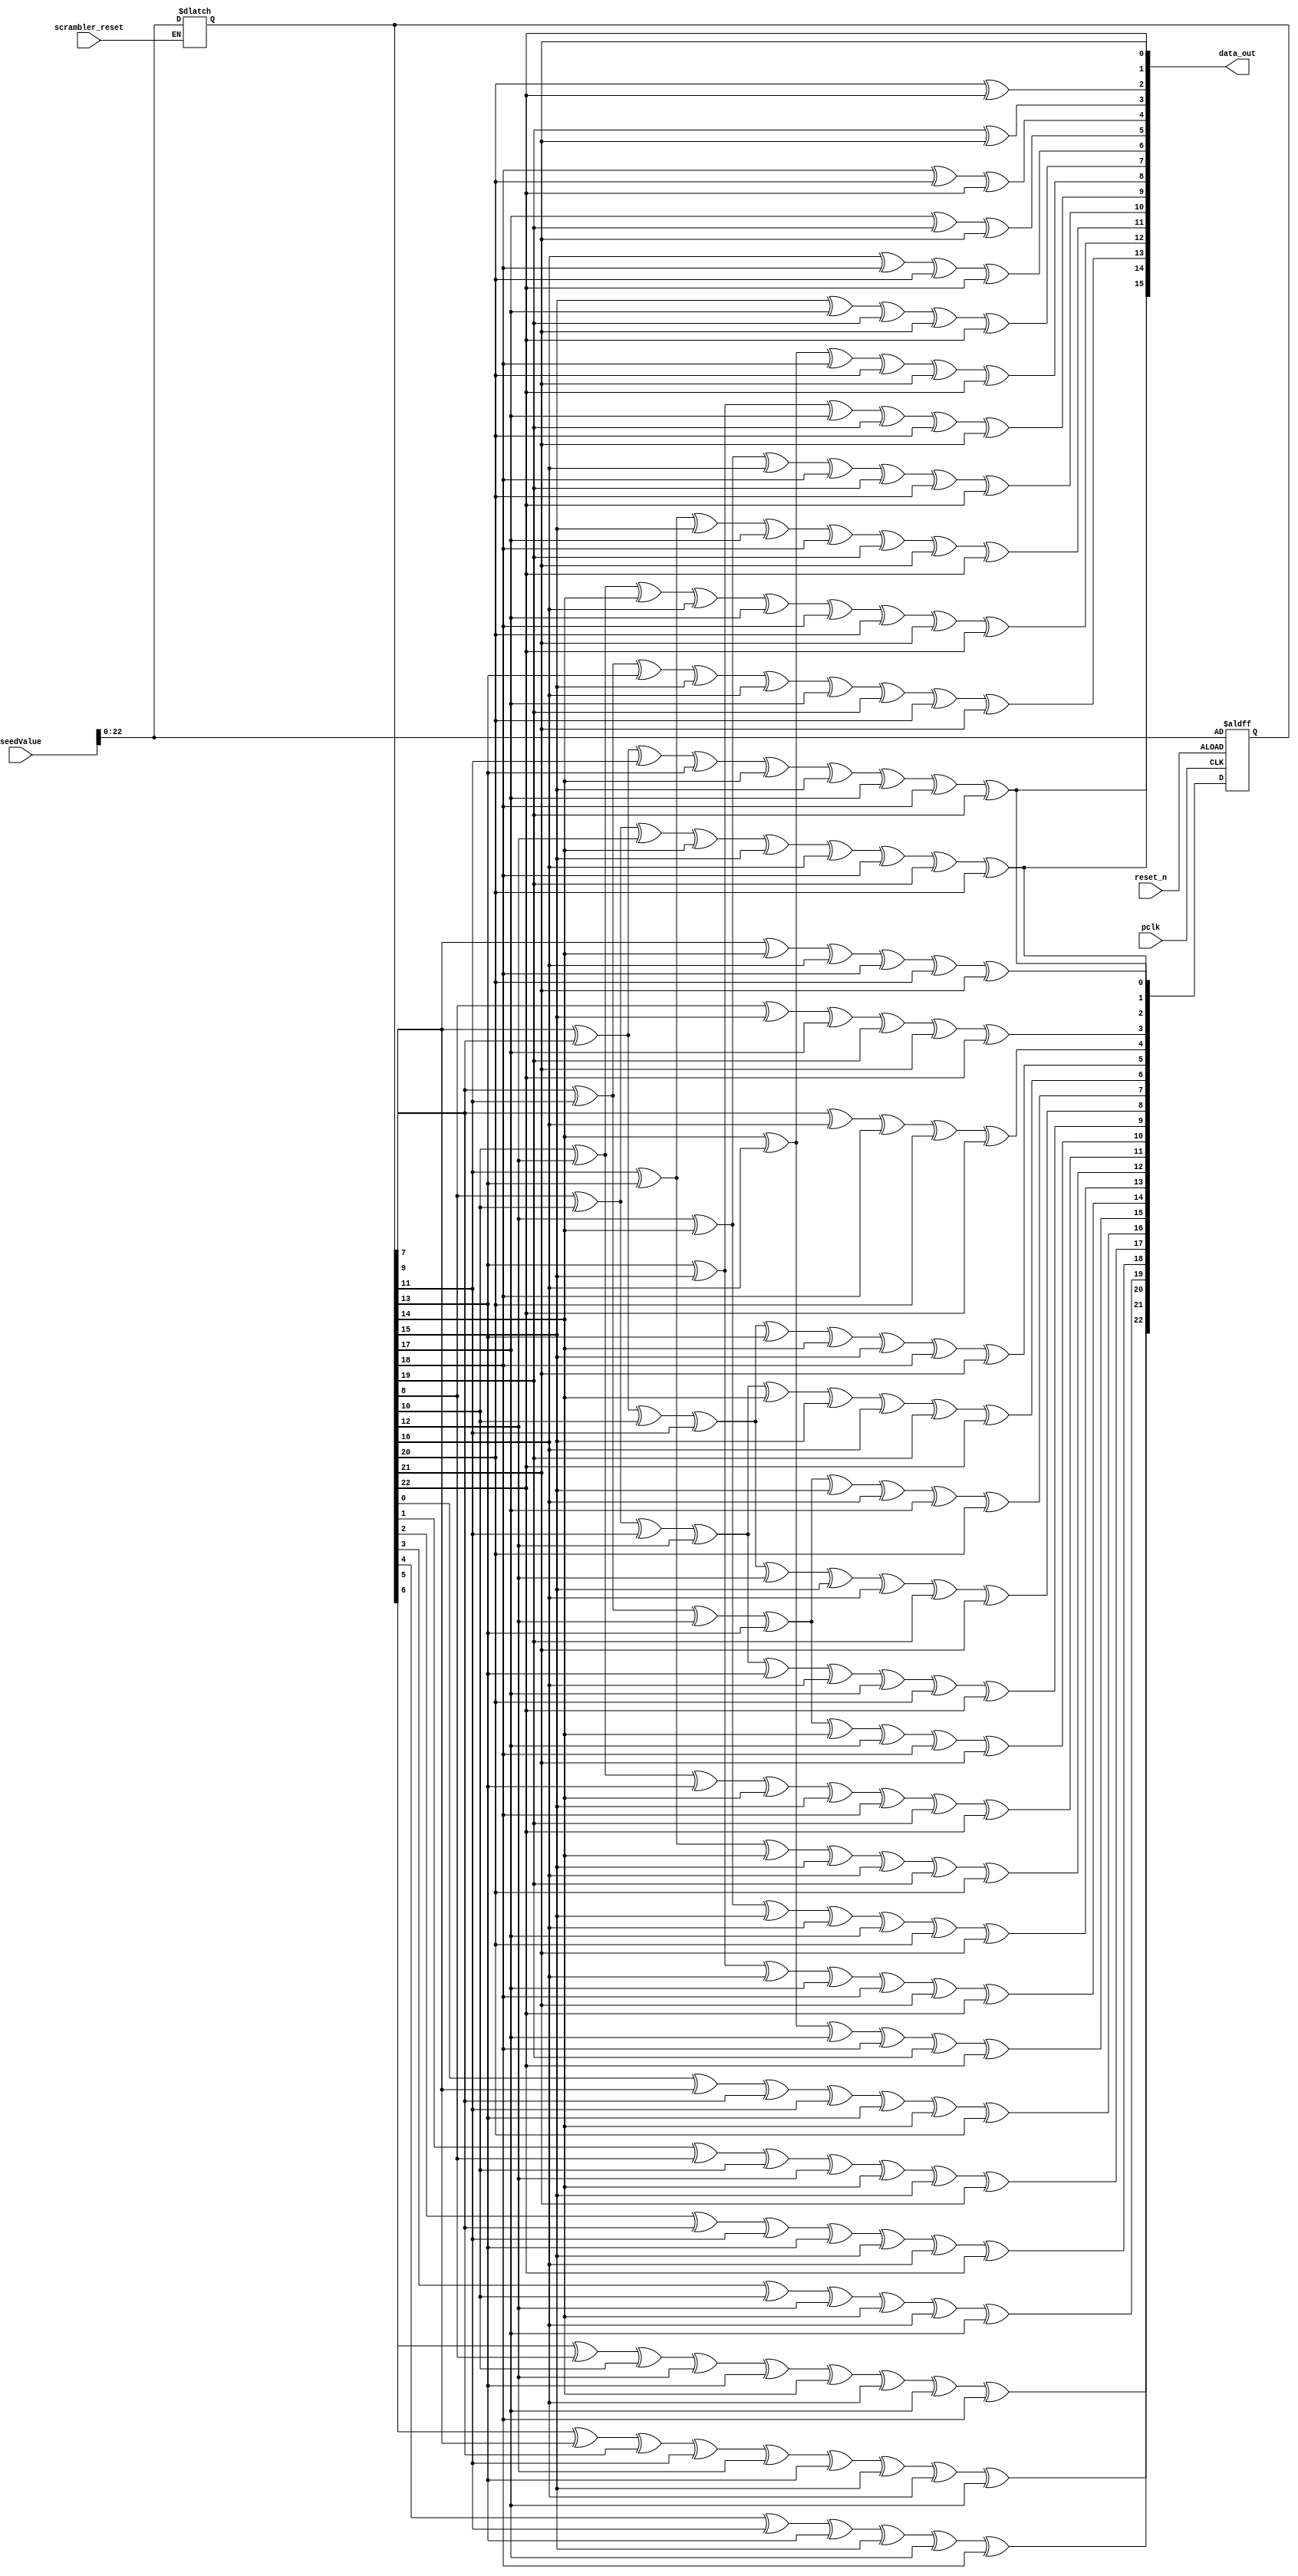
module LFSR_16_gen3(seedValue, scrambler_reset, reset_n, pclk, data_out);

  input [23:0] seedValue;
  input scrambler_reset, reset_n, pclk;
  
  output wire [15:0] data_out;

  reg [22:0] lfsr_q,lfsr_c;
  reg [15:0] data_c;

  always @(*) begin

    if(scrambler_reset)
       lfsr_q <= seedValue;

    lfsr_c[0] =  lfsr_q[7] ^   lfsr_q[9] ^ lfsr_q[11] ^ lfsr_q[13] ^ lfsr_q[14] ^ lfsr_q[15] ^ lfsr_q[17] ^ lfsr_q[18] ^ lfsr_q[19];
    lfsr_c[1] =  lfsr_q[8] ^  lfsr_q[10] ^ lfsr_q[12] ^ lfsr_q[14] ^ lfsr_q[15] ^ lfsr_q[16] ^ lfsr_q[18] ^ lfsr_q[19] ^ lfsr_q[20];
    lfsr_c[2] =  lfsr_q[7] ^  lfsr_q[14] ^ lfsr_q[16] ^ lfsr_q[18] ^ lfsr_q[20] ^ lfsr_q[21];
    lfsr_c[3] =  lfsr_q[8] ^  lfsr_q[15] ^ lfsr_q[17] ^ lfsr_q[19] ^ lfsr_q[21] ^ lfsr_q[22];
    lfsr_c[4] =  lfsr_q[9] ^  lfsr_q[16] ^ lfsr_q[18] ^ lfsr_q[20] ^ lfsr_q[22];
    lfsr_c[5] =  lfsr_q[7] ^   lfsr_q[9] ^ lfsr_q[10] ^ lfsr_q[11] ^ lfsr_q[13] ^ lfsr_q[14] ^ lfsr_q[15] ^ lfsr_q[18] ^ lfsr_q[21];
    lfsr_c[6] =  lfsr_q[8] ^  lfsr_q[10] ^ lfsr_q[11] ^ lfsr_q[12] ^ lfsr_q[14] ^ lfsr_q[15] ^ lfsr_q[16] ^ lfsr_q[19] ^ lfsr_q[22];
    lfsr_c[7] =  lfsr_q[9] ^  lfsr_q[11] ^ lfsr_q[12] ^ lfsr_q[13] ^ lfsr_q[15] ^ lfsr_q[16] ^ lfsr_q[17] ^ lfsr_q[20];
    lfsr_c[8] =  lfsr_q[7] ^   lfsr_q[9] ^ lfsr_q[10] ^ lfsr_q[11] ^ lfsr_q[12] ^ lfsr_q[15] ^ lfsr_q[16] ^ lfsr_q[19] ^ lfsr_q[21];
    lfsr_c[9] =  lfsr_q[8] ^  lfsr_q[10] ^ lfsr_q[11] ^ lfsr_q[12] ^ lfsr_q[13] ^ lfsr_q[16] ^ lfsr_q[17] ^ lfsr_q[20] ^ lfsr_q[22];
    lfsr_c[10] = lfsr_q[9] ^  lfsr_q[11] ^ lfsr_q[12] ^ lfsr_q[13] ^ lfsr_q[14] ^ lfsr_q[17] ^ lfsr_q[18] ^ lfsr_q[21];
    lfsr_c[11] = lfsr_q[10] ^ lfsr_q[12] ^ lfsr_q[13] ^ lfsr_q[14] ^ lfsr_q[15] ^ lfsr_q[18] ^ lfsr_q[19] ^ lfsr_q[22];
    lfsr_c[12] = lfsr_q[11] ^ lfsr_q[13] ^ lfsr_q[14] ^ lfsr_q[15] ^ lfsr_q[16] ^ lfsr_q[19] ^ lfsr_q[20];
    lfsr_c[13] = lfsr_q[12] ^ lfsr_q[14] ^ lfsr_q[15] ^ lfsr_q[16] ^ lfsr_q[17] ^ lfsr_q[20] ^ lfsr_q[21];
    lfsr_c[14] = lfsr_q[13] ^ lfsr_q[15] ^ lfsr_q[16] ^ lfsr_q[17] ^ lfsr_q[18] ^ lfsr_q[21] ^ lfsr_q[22];
    lfsr_c[15] = lfsr_q[14] ^ lfsr_q[16] ^ lfsr_q[17] ^ lfsr_q[18] ^ lfsr_q[19] ^ lfsr_q[22];
    lfsr_c[16] = lfsr_q[0] ^   lfsr_q[7] ^  lfsr_q[9] ^ lfsr_q[11] ^ lfsr_q[13] ^ lfsr_q[14] ^ lfsr_q[20];
    lfsr_c[17] = lfsr_q[1] ^   lfsr_q[8] ^ lfsr_q[10] ^ lfsr_q[12] ^ lfsr_q[14] ^ lfsr_q[15] ^ lfsr_q[21];
    lfsr_c[18] = lfsr_q[2] ^   lfsr_q[9] ^ lfsr_q[11] ^ lfsr_q[13] ^ lfsr_q[15] ^ lfsr_q[16] ^ lfsr_q[22];
    lfsr_c[19] = lfsr_q[3] ^  lfsr_q[10] ^ lfsr_q[12] ^ lfsr_q[14] ^ lfsr_q[16] ^ lfsr_q[17];
    lfsr_c[20] = lfsr_q[4] ^  lfsr_q[11] ^ lfsr_q[13] ^ lfsr_q[15] ^ lfsr_q[17] ^ lfsr_q[18];
    lfsr_c[21] = lfsr_q[5] ^   lfsr_q[7] ^  lfsr_q[9] ^ lfsr_q[11] ^ lfsr_q[12] ^ lfsr_q[13] ^ lfsr_q[15] ^ lfsr_q[16] ^ lfsr_q[17];
    lfsr_c[22] = lfsr_q[6] ^   lfsr_q[8] ^ lfsr_q[10] ^ lfsr_q[12] ^ lfsr_q[13] ^ lfsr_q[14] ^ lfsr_q[16] ^ lfsr_q[17] ^ lfsr_q[18];

    data_c[0] =  lfsr_q[22];
    data_c[1] =  lfsr_q[21];
    data_c[2] =  lfsr_q[20] ^ lfsr_q[22];
    data_c[3] =  lfsr_q[19] ^ lfsr_q[21];
    data_c[4] =  lfsr_q[18] ^ lfsr_q[20] ^ lfsr_q[22];
    data_c[5] =  lfsr_q[17] ^ lfsr_q[19] ^ lfsr_q[21];
    data_c[6] =  lfsr_q[16] ^ lfsr_q[18] ^ lfsr_q[20] ^ lfsr_q[22];
    data_c[7] =  lfsr_q[15] ^ lfsr_q[17] ^ lfsr_q[19] ^ lfsr_q[21] ^ lfsr_q[22];
    data_c[8] =  lfsr_q[14] ^ lfsr_q[16] ^ lfsr_q[18] ^ lfsr_q[20] ^ lfsr_q[21] ^ lfsr_q[22];
    data_c[9] =  lfsr_q[13] ^ lfsr_q[15] ^ lfsr_q[17] ^ lfsr_q[19] ^ lfsr_q[20] ^ lfsr_q[21];
    data_c[10] = lfsr_q[12] ^ lfsr_q[14] ^ lfsr_q[16] ^ lfsr_q[18] ^ lfsr_q[19] ^ lfsr_q[20] ^ lfsr_q[22];
    data_c[11] = lfsr_q[11] ^ lfsr_q[13] ^ lfsr_q[15] ^ lfsr_q[17] ^ lfsr_q[18] ^ lfsr_q[19] ^ lfsr_q[21] ^ lfsr_q[22];
    data_c[12] = lfsr_q[10] ^ lfsr_q[12] ^ lfsr_q[14] ^ lfsr_q[16] ^ lfsr_q[17] ^ lfsr_q[18] ^ lfsr_q[20] ^ lfsr_q[21] ^ lfsr_q[22];
    data_c[13] =  lfsr_q[9] ^ lfsr_q[11] ^ lfsr_q[13] ^ lfsr_q[15] ^ lfsr_q[16] ^ lfsr_q[17] ^ lfsr_q[19] ^ lfsr_q[20] ^ lfsr_q[21];
    data_c[14] =  lfsr_q[8] ^ lfsr_q[10] ^ lfsr_q[12] ^ lfsr_q[14] ^ lfsr_q[15] ^ lfsr_q[16] ^ lfsr_q[18] ^ lfsr_q[19] ^ lfsr_q[20];
    data_c[15] =  lfsr_q[7] ^  lfsr_q[9] ^ lfsr_q[11] ^ lfsr_q[13] ^ lfsr_q[14] ^ lfsr_q[15] ^ lfsr_q[17] ^ lfsr_q[18] ^ lfsr_q[19];
  end

  always @(posedge pclk or negedge reset_n) begin

    if(~reset_n) 
      lfsr_q <= seedValue; 
    else
      lfsr_q <= lfsr_c ;

  end

  assign data_out = data_c;

endmodule